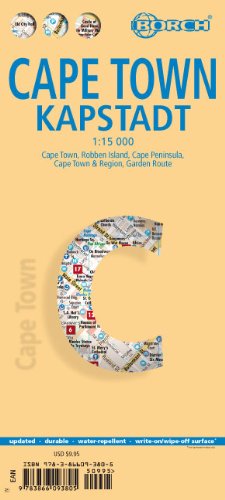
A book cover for Laminated Cape Town Map by Borch (English Edition); Borch; Travel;